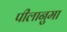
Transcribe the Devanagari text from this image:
पीलानुमा